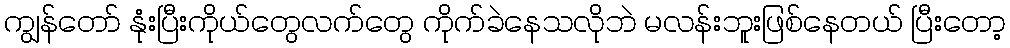
ကျွန်တော် နုံးပြီးကိုယ်တွေလက်တွေ ကိုက်ခဲနေသလိုဘဲ မလန်းဘူးဖြစ်နေတယ် ပြီးတော့